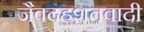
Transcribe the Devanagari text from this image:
जैवदहशतवादी